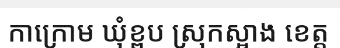
កាក្រោម ឃុំខ្ពប ស្រុកស្អាង ខេត្ត